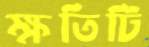
ক্ষতিটি